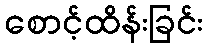
စောင့်ထိန်းခြင်း